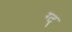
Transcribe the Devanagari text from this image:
ग्द्